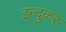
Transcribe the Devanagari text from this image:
इन्दुकर